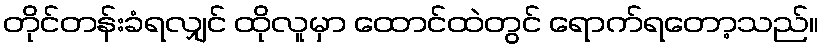
တိုင်တန်းခံရလျှင် ထိုလူမှာ ထောင်ထဲတွင် ရောက်ရတော့သည်။